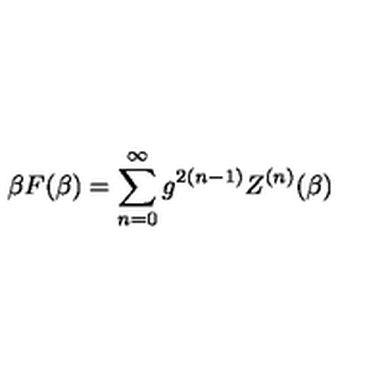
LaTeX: \beta F ( \beta ) = \sum _ { n = 0 } ^ { \infty } g ^ { 2 ( n - 1 ) } Z ^ { ( n ) } ( \beta )